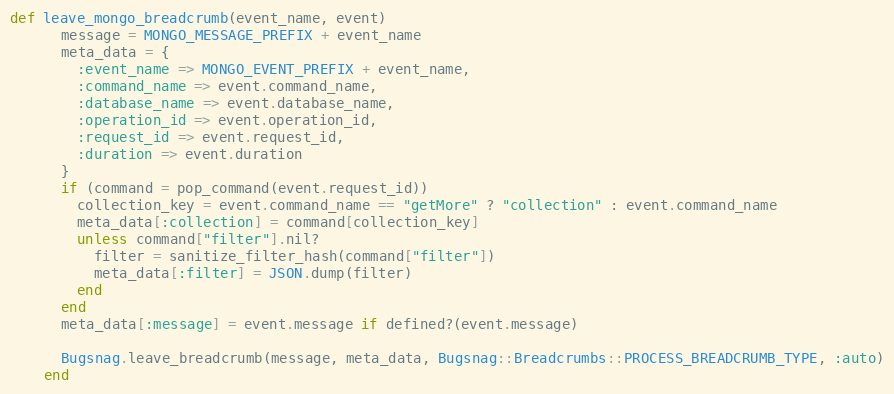
Language: Ruby
def leave_mongo_breadcrumb(event_name, event)
      message = MONGO_MESSAGE_PREFIX + event_name
      meta_data = {
        :event_name => MONGO_EVENT_PREFIX + event_name,
        :command_name => event.command_name,
        :database_name => event.database_name,
        :operation_id => event.operation_id,
        :request_id => event.request_id,
        :duration => event.duration
      }
      if (command = pop_command(event.request_id))
        collection_key = event.command_name == "getMore" ? "collection" : event.command_name
        meta_data[:collection] = command[collection_key]
        unless command["filter"].nil?
          filter = sanitize_filter_hash(command["filter"])
          meta_data[:filter] = JSON.dump(filter)
        end
      end
      meta_data[:message] = event.message if defined?(event.message)

      Bugsnag.leave_breadcrumb(message, meta_data, Bugsnag::Breadcrumbs::PROCESS_BREADCRUMB_TYPE, :auto)
    end